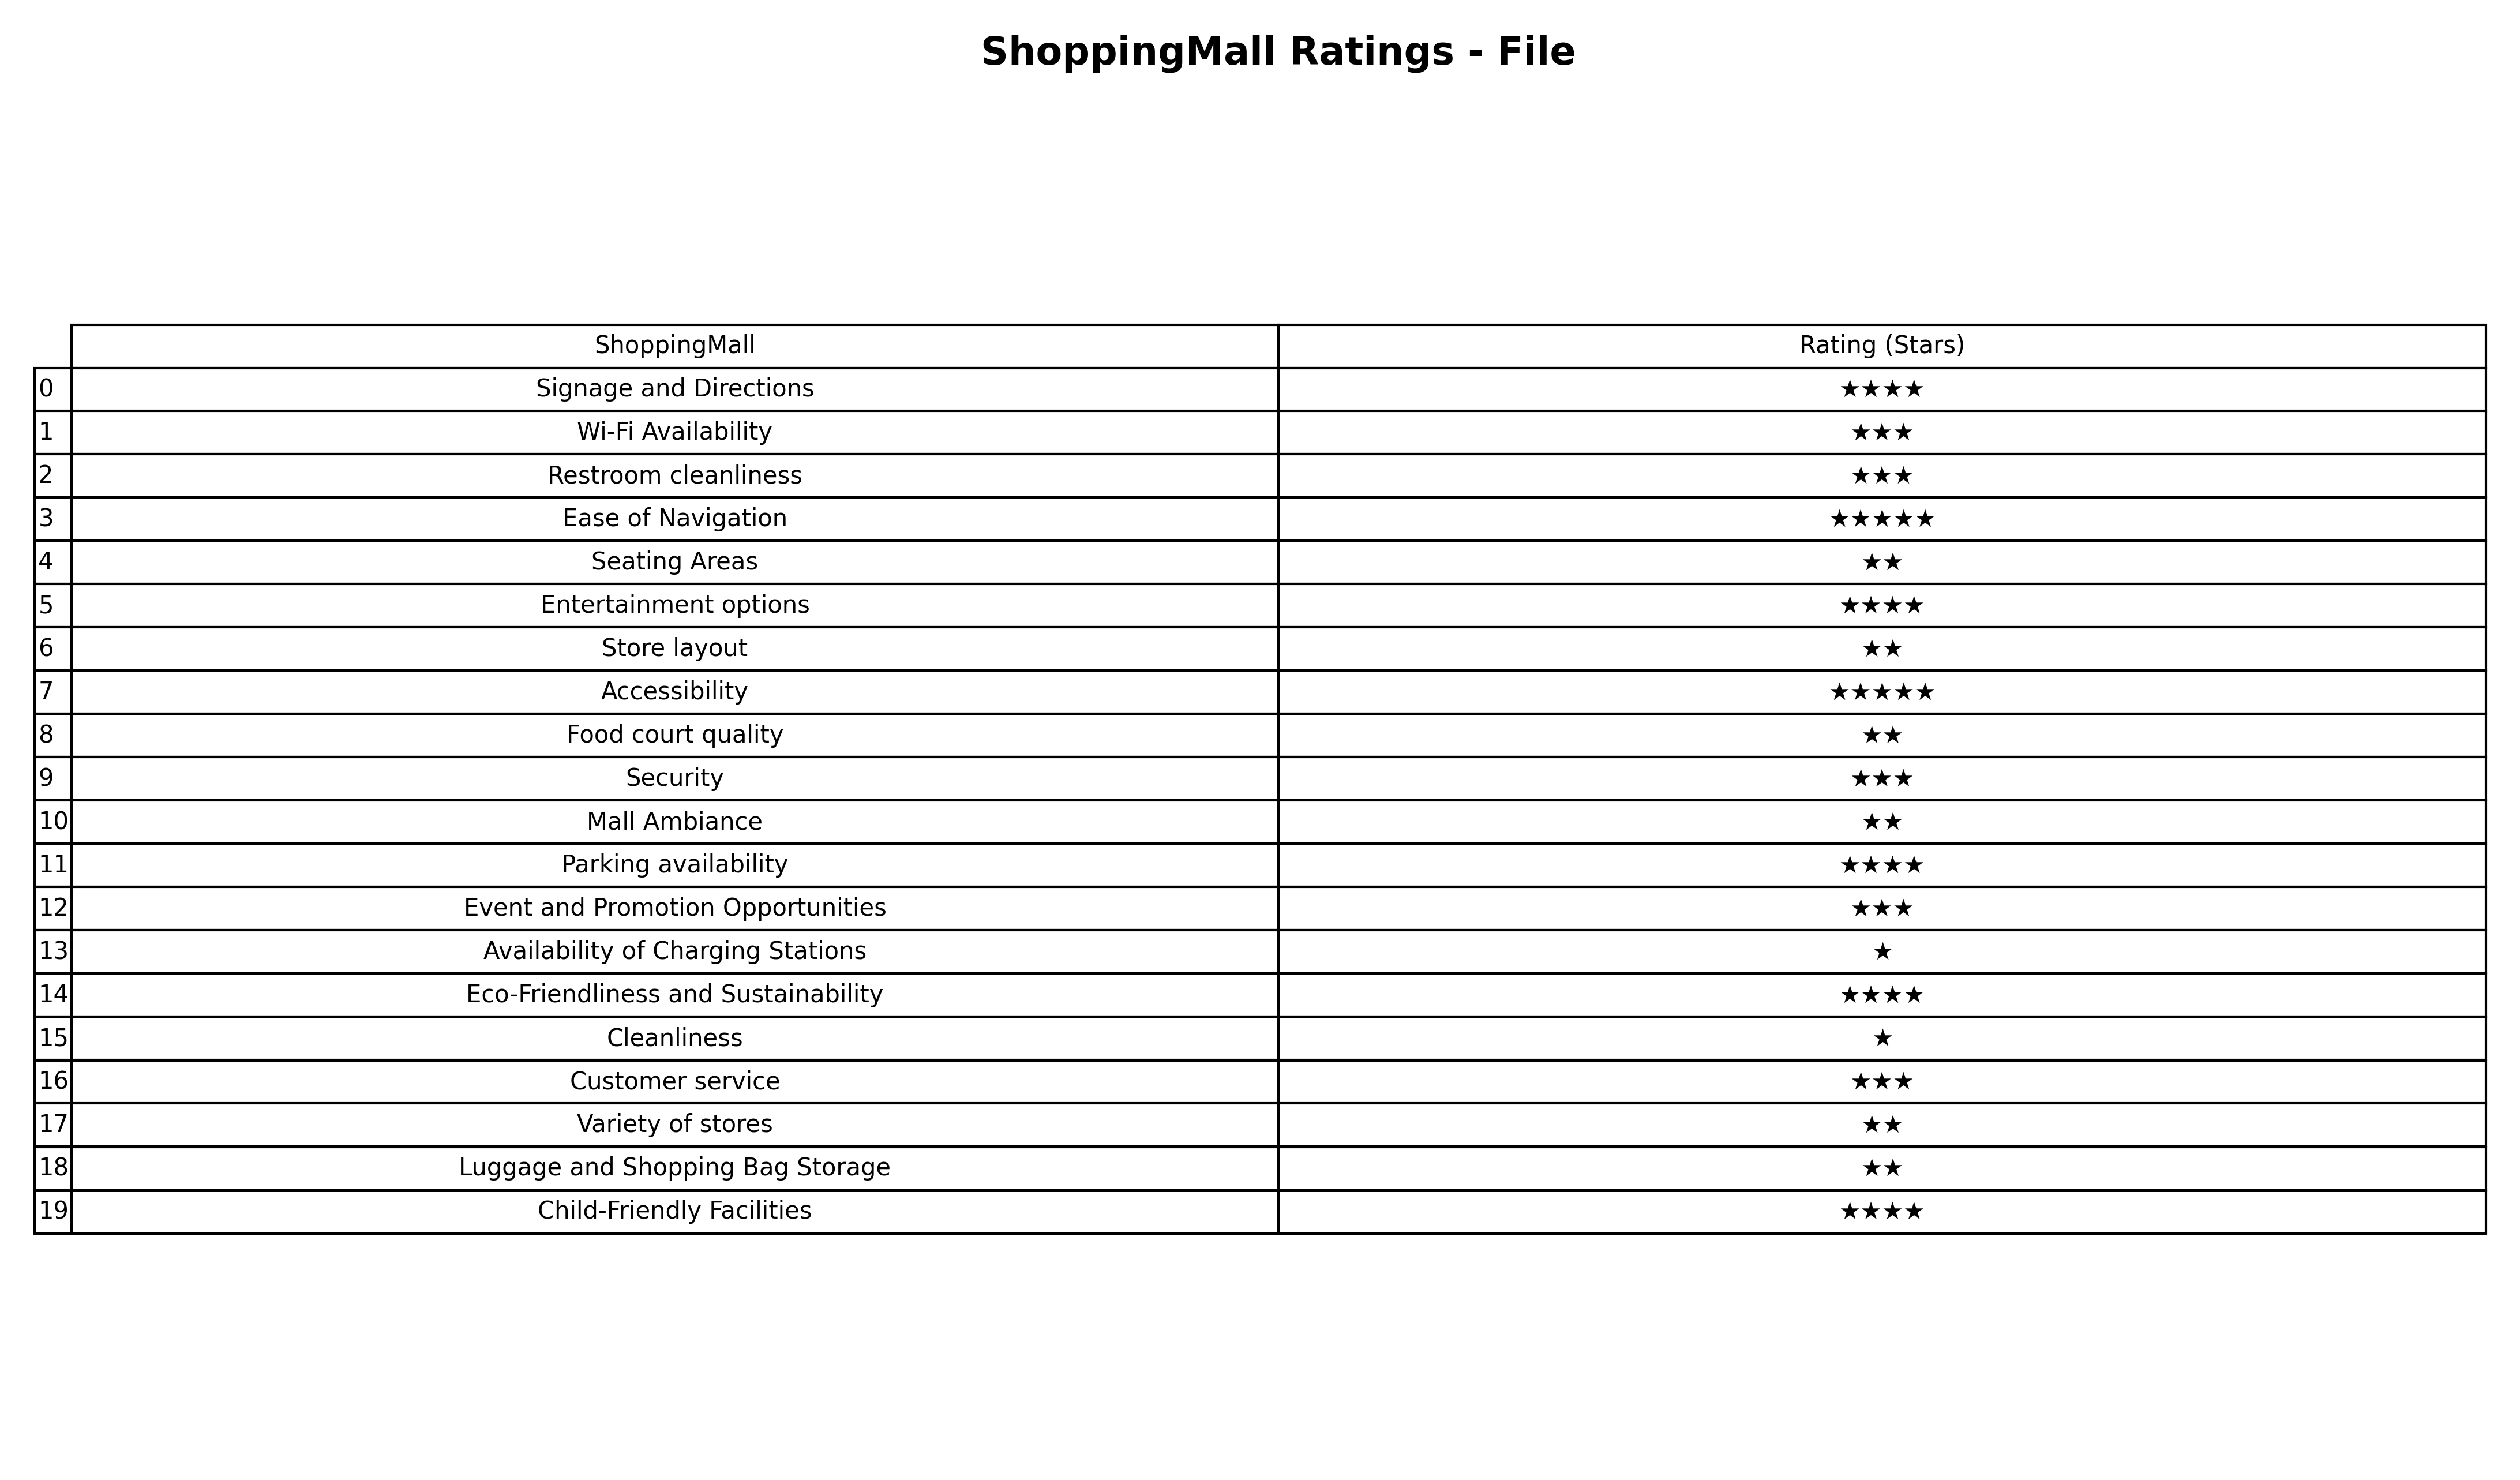
question: What is the rating of Security?
answer: ★★★